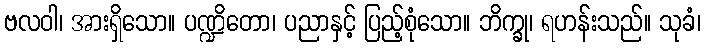
ဗလဝါ၊ အားရှိသော။ ပဏ္ဍိတော၊ ပညာနှင့် ပြည့်စုံသော။ ဘိက္ခု၊ ရဟန်းသည်။ သုခံ၊